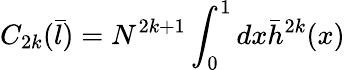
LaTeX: C_{2k}({\bar{l}})=N^{2k+1}\int_{0}^{1}dx{\bar{h}}^{2k}(x)